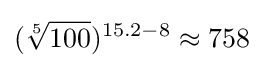
({\sqrt[{5}]{100}})^{15.2-8}\approx 758